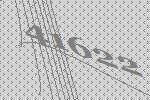
41622